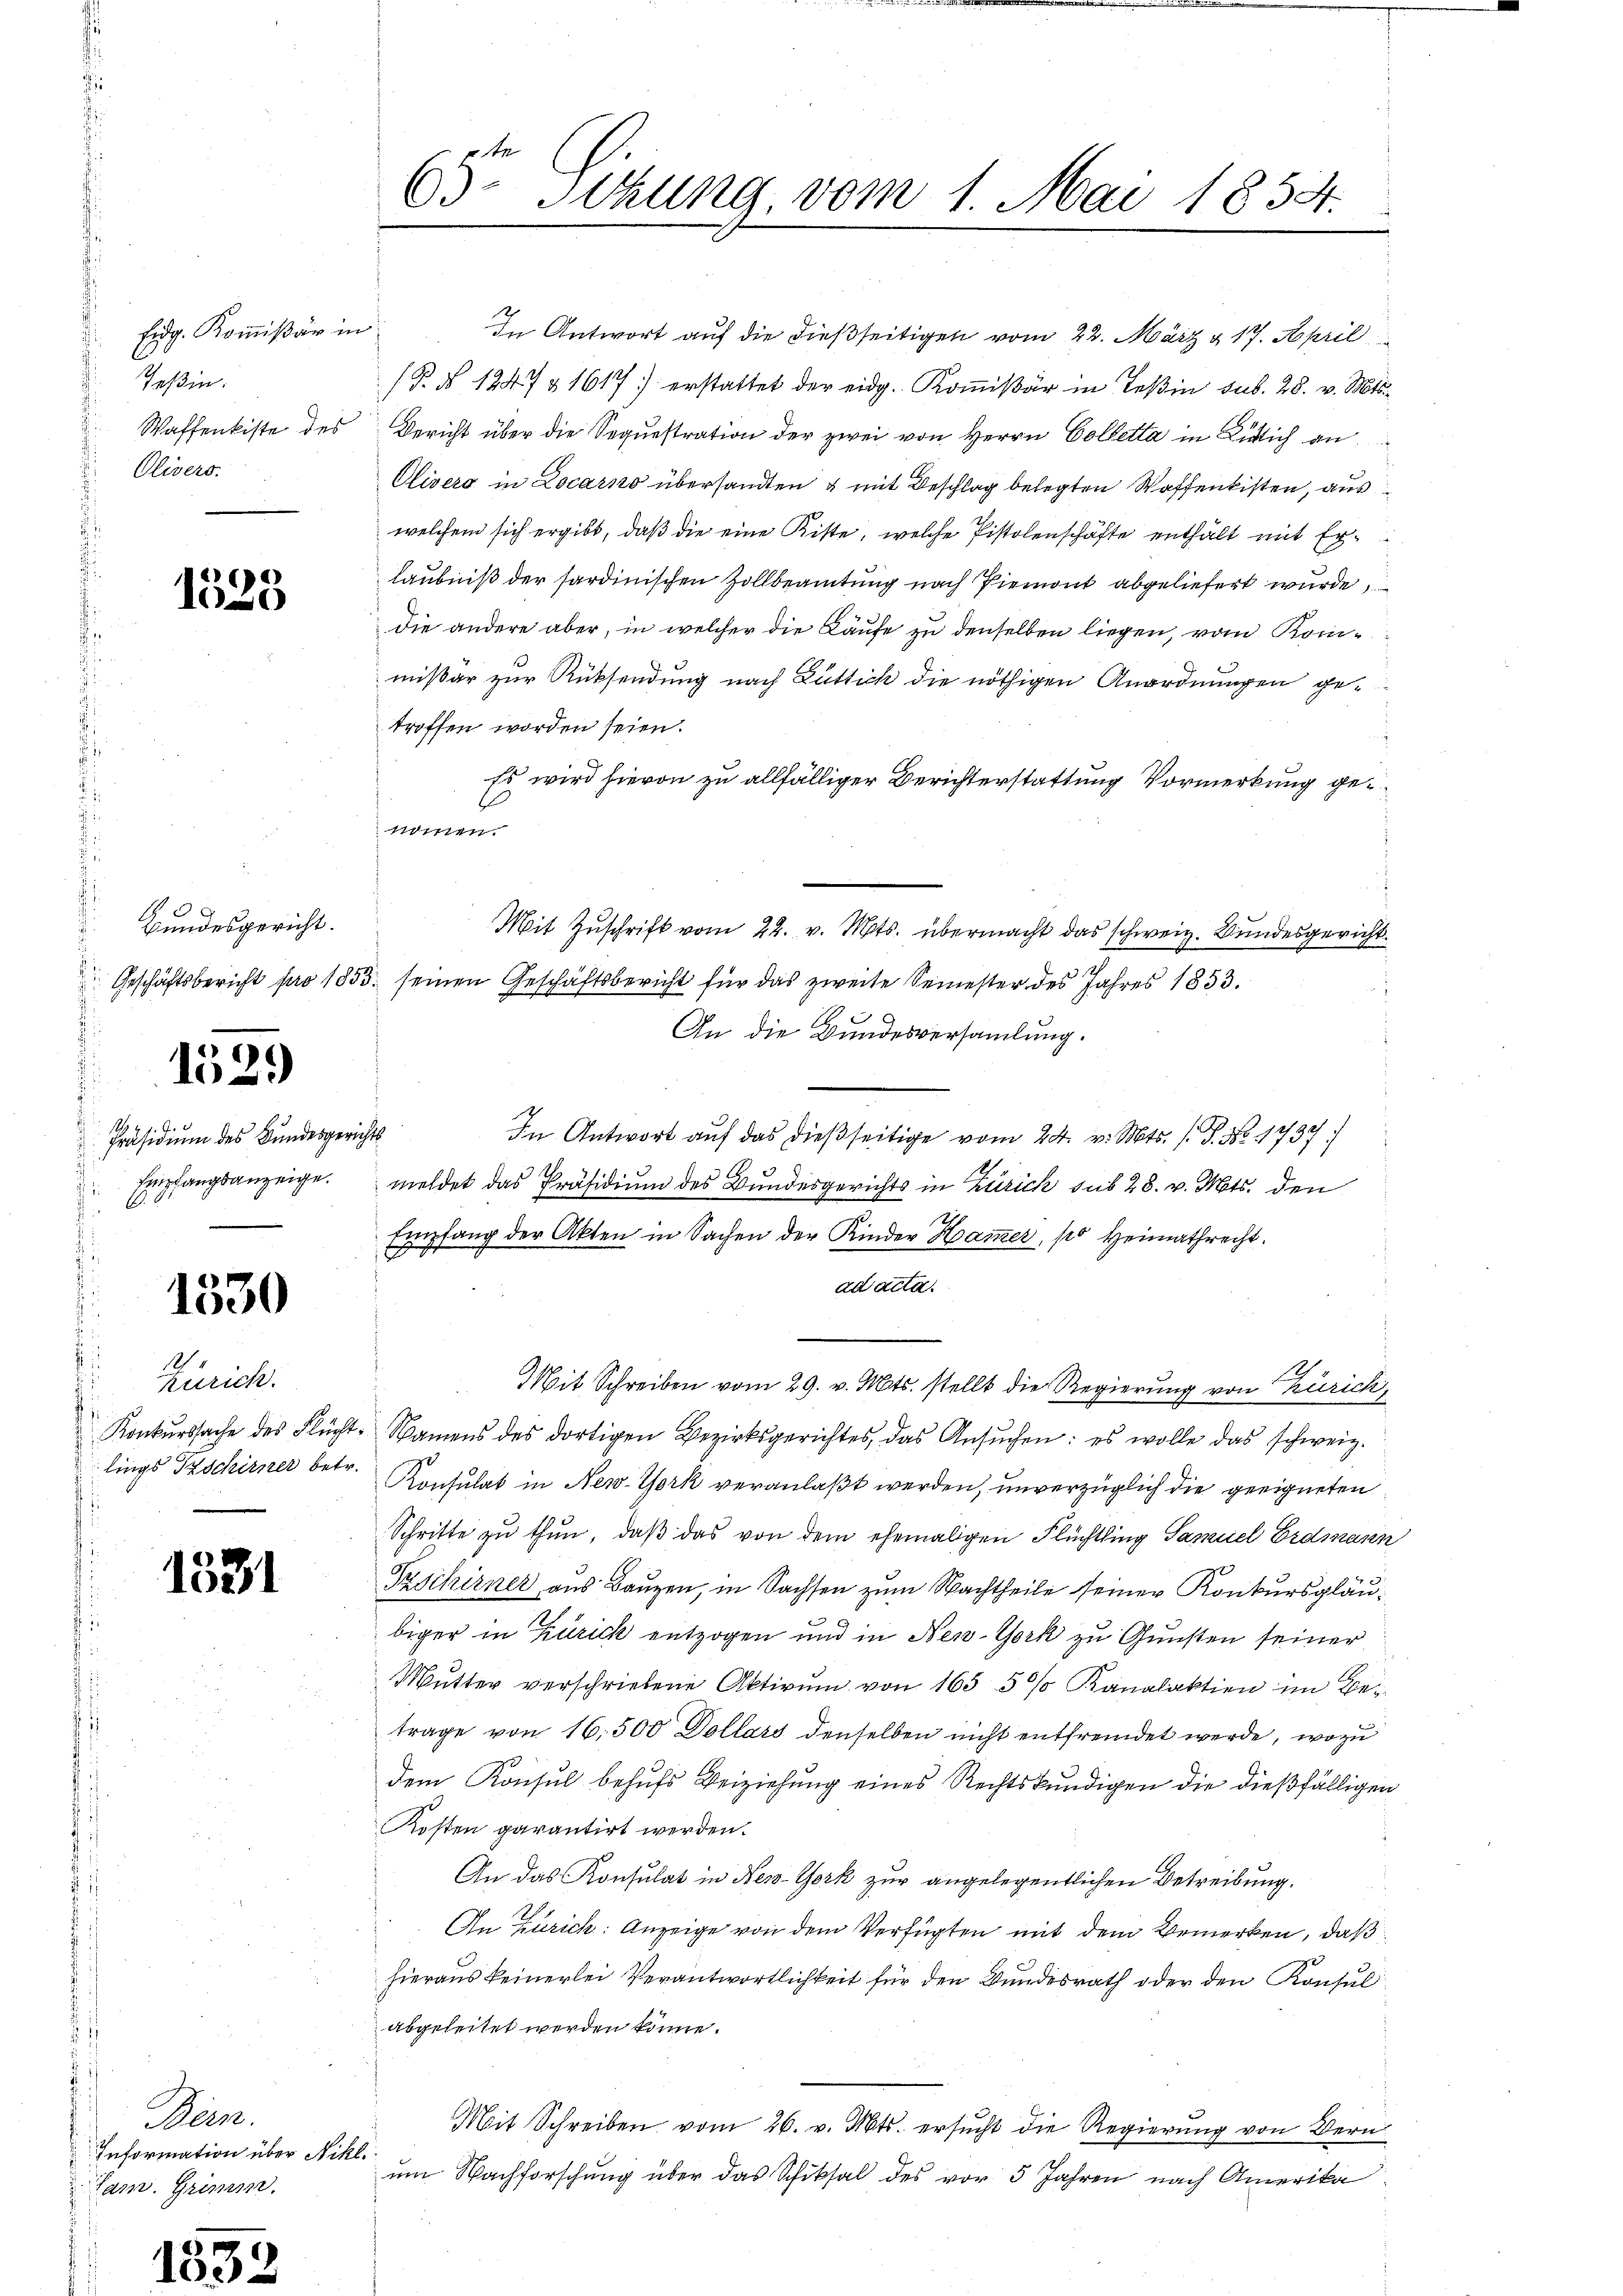
Eidg. Kommißär in
Teßin.
Olivers.

6
0

.
Bundesgericht.
.

1529

Präsidium des Bundesgerichts
Empfangsanzeige.
di

1530

1
Zürich.
lings Tschirner betr.

1331

Meine.
Information über Nikl.
Jam. Grimm.

n
102)

65 Sitzung, vom 1. Mai 1854.
e

In Antwort auf die dießseitigen vom 22. März & 17. April
P. § 1247 § 1617 erstattet der eidg. Kommißär in Teßin sub. 28. v. Mts.
Waffenkiste des Bericht über die Sequestration der zwei von Herrn Colletta in Kirlich an
Olivers in Locarno übersandten & mit Beschlag belegten Waffenkisten, aus
welchem sich ergibt, daß die eine Kiste, welche Pistolenschäfte enthält mit Erlaubniß der sardinischen Zollbeamtung nach Piemont abgeliefert wurde,
die andere aber, in welcher die Käufe zu denselben liegen, vom Kommissar zur Rücksendung nach Güttich die nöthigen Anordnungen getroffen worden seien.
Es wird hievon zu allfälliger Berichterstattung Vormerkung genommen.
Mit Zuschrift vom 22. v. Mts. übermacht das schweiz. Bundesgericht
Geschäftsbericht pro 1855 seinen Geschäftsbericht für das zweite Semester des Jahres 1853.
.
An die Bundesversammlung.
In Antwort auf das dießseitige vom 24. v. Mts. (T. No. 1739
meldet das Präsidium des Bundesgerichts in Zürich sub 28. v. Mts. den
Empfang der Akten in Sachen der Kinder Hamer, po Heimathrecht.
ad acta.
Mit Schreiben vom 29. v. Mts. stellt die Regierung von Zürich,
Konkurssache des Flücht. Namens des dortigen Bezirksgerichtes, das Ansŭchen: es wolle das schweiz.
Konsulat in New-York veranlaßt werden, unverzüglich die geeigneten
Schritte zu thun, daß das von dem ehemaligen Flüchtling Samuel Erdmann
Frschirner aus Bauzen, in Sachsen zum Nachtheile seiner Konkursgläubiger in Zürich entzogen und in New-York zu Gunsten seiner
Mutter verschriebene Aktivum von 165 5%% Kanalaktien im Betrage von 16,500 Dollars denselben nicht entfremdet werde, wo zu
dem Konsul behufs Beiziehung eines Rechtskundigen die dießfälligen
Kosten garantirt werden.
An das Konsulat in New-York zur angelegentlichen Betreibung.
An Zürich: Anzeige von dem Verfügten mit dem Bemerken, daß
hieraus keinerlei Verantwortlichkeit für den Bundesrath oder den Konsul
abgeleitet werden könne.
Mit Schreiben vom 26. v. Mts. ersucht die Regierung von Bern
um Nachforschung über das Schiksal des vor 5 Jahren nach Amerika